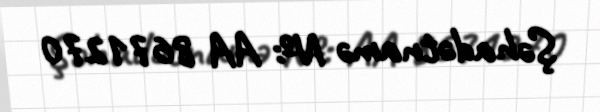
Şəhadətnamə №: AA 8671270